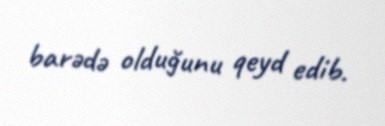
barədə olduğunu qeyd edib.